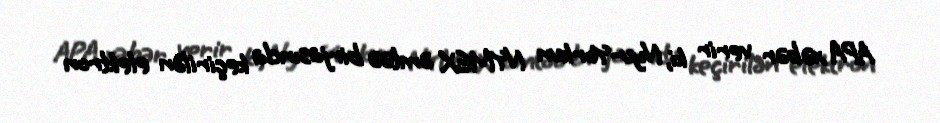
APA xəbər verir ki, Nyu-Yorkun NYMEX əmtəə birjasında keçirilən elektron